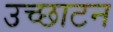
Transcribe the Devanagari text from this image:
उच्छाटन